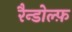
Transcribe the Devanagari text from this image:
रैन्डोल्फ़